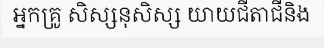
អ្នកគ្រូ សិស្សនុសិស្ស យាយជីតាជីនិង